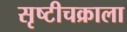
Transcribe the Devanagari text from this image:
सृष्टीचक्राला